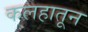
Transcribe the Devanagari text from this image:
कलहातून